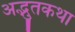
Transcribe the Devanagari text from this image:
अद्भुतकथा